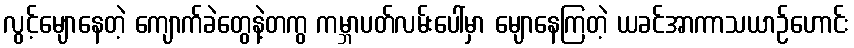
လွင့်မျောနေတဲ့ ကျောက်ခဲတွေနဲ့တကွ ကမ္ဘာပတ်လမ်းပေါ်မှာ မျောနေကြတဲ့ ယခင်အာကာသယာဉ်ဟောင်း